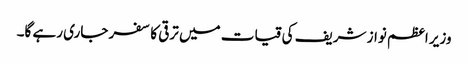
وزیر اعظم نواز شریف کی قیات میں ترقی کا سفر جاری رہے گا۔